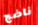
ناضج